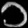
Digit: ၁